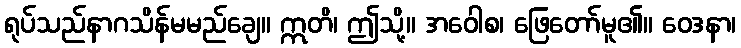
ရုပ်သည်နာဂသိန်မမည်ချေ။ ဣတိ၊ ဤသို့။ အဝေါစ၊ ဖြေတော်မူ၏။ ဝေဒနာ၊